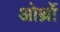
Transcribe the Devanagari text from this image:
ओर्थ्रो